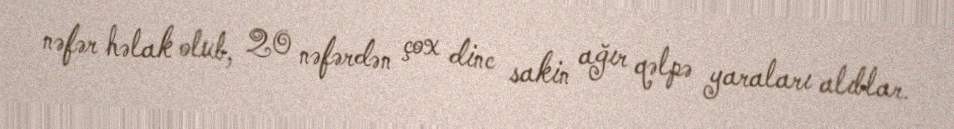
nəfər həlak olub, 20 nəfərdən çox dinc sakin ağır qəlpə yaraları alıblar.